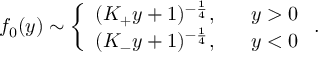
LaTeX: f _ { 0 } ( y ) \sim \left\{ \begin{array} { l } { { ( K _ { + } y + 1 ) ^ { - { \frac { 1 } { 4 } } } , \ \ \ \ \ y > 0 } } \\ { { ( K _ { - } y + 1 ) ^ { - { \frac { 1 } { 4 } } } , \ \ \ \ \ y < 0 } } \end{array} \right. .